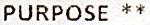
PURPOSE **